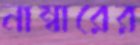
নাম্বারের